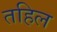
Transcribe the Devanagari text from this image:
तहिल